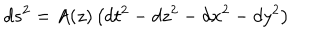
LaTeX: d s ^ { 2 } = A ( z ) \left( d t ^ { 2 } - d z ^ { 2 } - d x ^ { 2 } - d y ^ { 2 } \right)